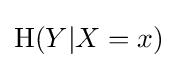
\mathrm {H} (Y|X=x)